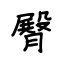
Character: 臀